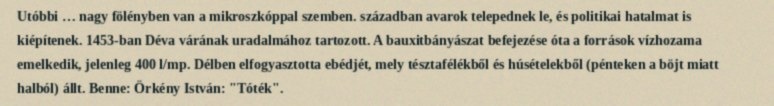
Utóbbi … nagy fölényben van a mikroszkóppal szemben. században avarok telepednek le, és politikai hatalmat is kiépítenek. 1453-ban Déva várának uradalmához tartozott. A bauxitbányászat befejezése óta a források vízhozama emelkedik, jelenleg 400 l/mp. Délben elfogyasztotta ebédjét, mely tésztafélékből és húsételekből (pénteken a böjt miatt halból) állt. Benne: Örkény István: "Tóték".